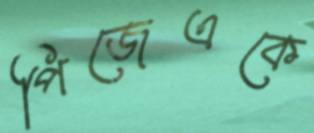
পিজেএকে